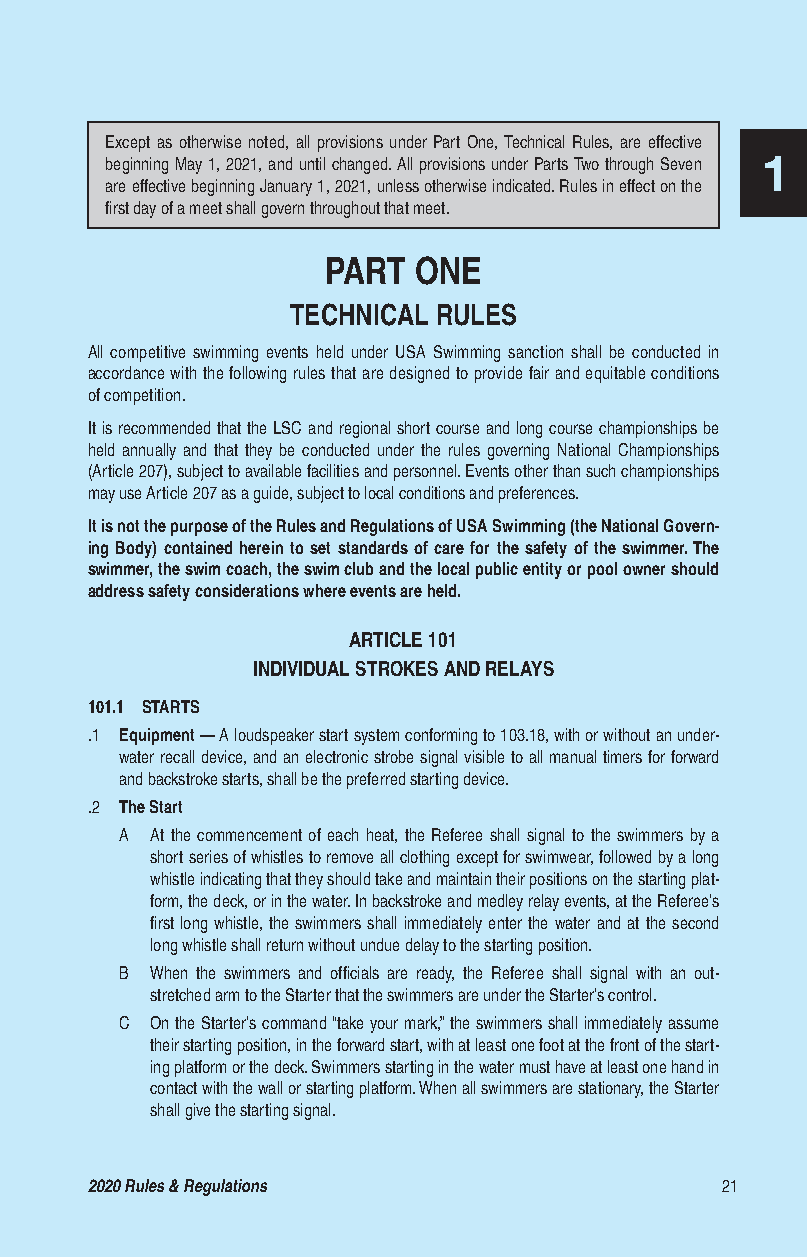
Except as otherwise noted, all provisions under Part One, Technical Rules, are effective
 beginning May 1, 2021, and until changed. All provisions under Parts Two through Seven 11
 are effective beginning January 1, 2021, unless otherwise indicated. Rules in effect on the
 first day of a meet shall govern throughout that meet.
 PART ONE
 TECHNICAL RULES
 All competitive swimming events held under USA Swimming sanction shall be conducted in
 accordance with the following rules that are designed to provide fair and equitable conditions
 of competition.
 It is recommended that the LSC and regional short course and long course championships be
 held annually and that they be conducted under the rules governing National Championships
 (Article 207), subject to available facilities and personnel. Events other than such championships
 may use Article 207 as a guide, subject to local conditions and preferences.
 It is not the purpose of the Rules and Regulations of USA Swimming (the National Govern-
 ing Body) contained herein to set standards of care for the safety of the swimmer. The
 swimmer, the swim coach, the swim club and the local public entity or pool owner should
 address safety considerations where events are held.
 ARTICLE 101
 INDIVIDUAL STROKES AND RELAYS
 101.1 STARTS
 .1 Equipment — A loudspeaker start system conforming to 103.18, with or without an under-
 water recall device, and an electronic strobe signal visible to all manual timers for forward
 and backstroke starts, shall be the preferred starting device.
 .2 The Start
 A At the commencement of each heat, the Referee shall signal to the swimmers by a
 short series of whistles to remove all clothing except for swimwear, followed by a long
 whistle indicating that they should take and maintain their positions on the starting plat-
 form, the deck, or in the water. In backstroke and medley relay events, at the Referee’s
 first long whistle, the swimmers shall immediately enter the water and at the second
 long whistle shall return without undue delay to the starting position.
 B When the swimmers and officials are ready, the Referee shall signal with an out-
 stretched arm to the Starter that the swimmers are under the Starter’s control.
 C On the Starter’s command “take your mark,” the swimmers shall immediately assume
 their starting position, in the forward start, with at least one foot at the front of the start-
 ing platform or the deck. Swimmers starting in the water must have at least one hand in
 contact with the wall or starting platform. When all swimmers are stationary, the Starter
 shall give the starting signal.
 22002210 RRuulleess && RReegguullaattiioonnss 2211